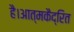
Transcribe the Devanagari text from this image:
है।आत्मकैद्रित